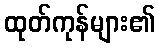
ထုတ်ကုန်များ၏